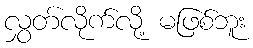
လွှတ်လိုက်လို့ မဖြစ်ဘူး